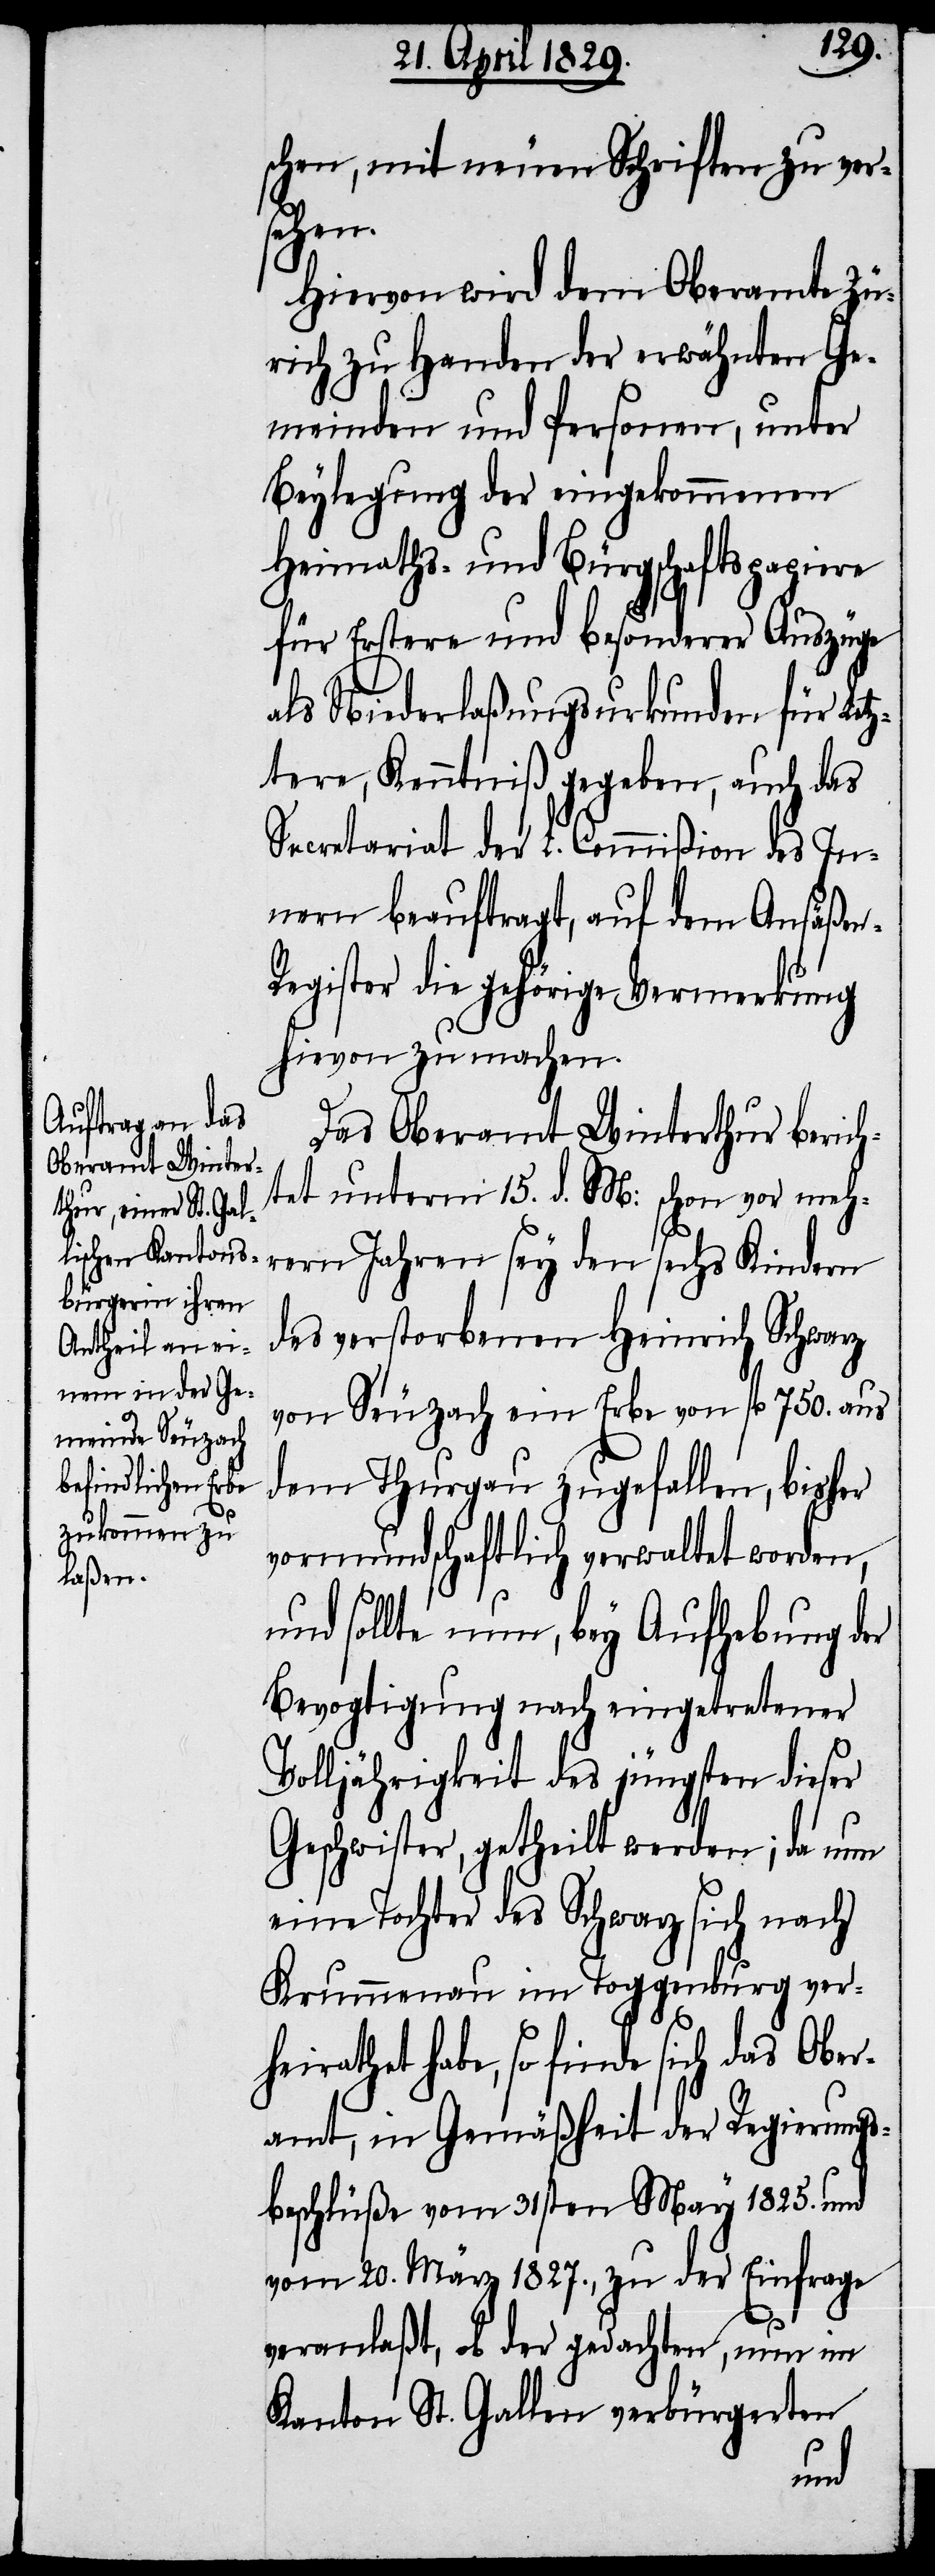
schen, mit neuen Schriften zu ver¬
sehen.
Hiervon wird dem Oberamt Zü¬
rich zu Handen der erwähnten Ge¬
meinden und Personen, unter
Beylegung der eingekommenen
Heimaths- und Bürgschaftspapiere
für Erstere und besonderer Auszüge
als Niederlaßungsurkunden für Letz¬
tere, Kenntniß gegeben, auch das
Secretariat der L. Commißion des In¬
nern beauftragt, auf dem Ansäße¬
n-Register die gehörige Vermerkung
hievon zu machen.
Das Oberamt Winterthur berich¬
tet unterm 15. d. M: schon vor meh¬
rern Jahren sey den sechs Kindern
des verstorbenen Heinrich Schwarz
von Seuzach ein Erbe von fl. 750. aus
dem Thurgau zugefallen, bisher
vormundschaftlich verwaltet worden,
und sollte nun, bey Aufhebung der
Bevogtigung nach eingetretener
Volljährigkeit des jüngsten dieser
Geschwister, getheilt werden; da nun
eine Tochter des Schwarz sich nach
Krummenau im Toggenburg ver¬
heirathet habe, so finde sich das Ober¬
amt, in Gemäßheit der Regierungs¬
beschlüße vom 31sten May 1825. und
vom 20. März 1827., zu der Einfrage
veranlaßt, ob der gedachten, nun im
Kanton St. Gallen verbürgerten